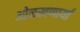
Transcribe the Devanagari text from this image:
ओळखणार्या